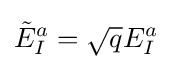
{\tilde {E}}_{I}^{a}={\sqrt {q}}E_{I}^{a}